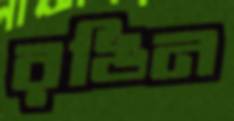
রঙিন